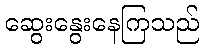
ဆွေးနွေးနေကြသည်